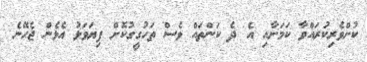
ކުށްވެރިކުރައްވާ ކަމަށާއި އެ ދެ ކަންތައް ވެސް ތަހުގީގުކޮށް ފިޔަވަޅު އެޅެން ޖެހޭނެ